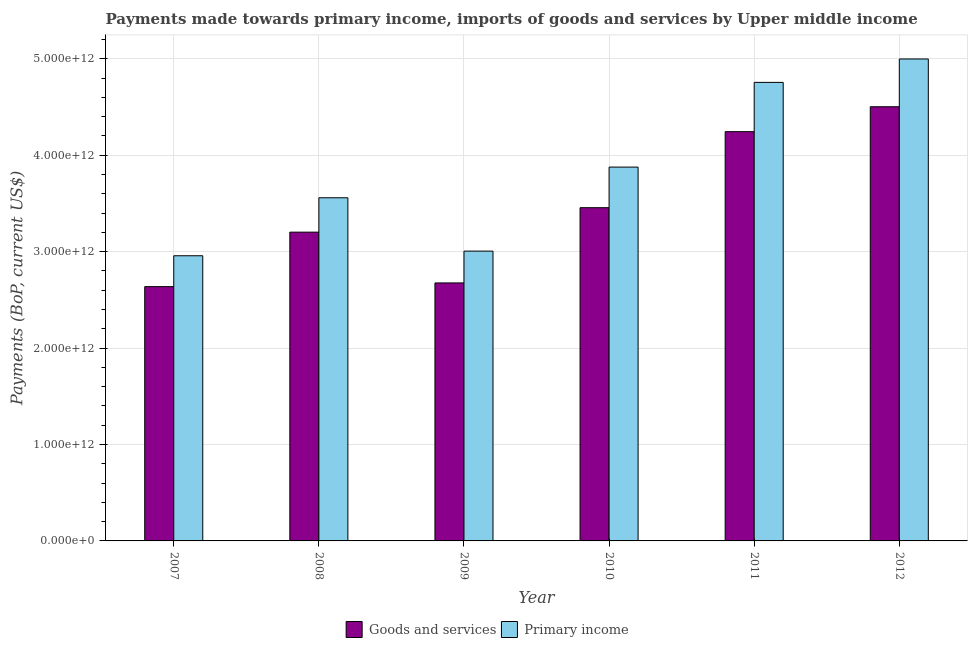
| Year | Goods and services | Primary income |
 | --- | --- | --- |
 | 2007 | 2.64e+12 | 2.96e+12 |
 | 2008 | 3.2e+12 | 3.56e+12 |
 | 2009 | 2.68e+12 | 3.01e+12 |
 | 2010 | 3.46e+12 | 3.88e+12 |
 | 2011 | 4.24e+12 | 4.76e+12 |
 | 2012 | 4.5e+12 | 5e+12 |